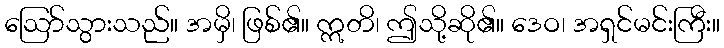
ဩော်သွားသည်။ အမှိ၊ ဖြစ်၏။ ဣတိ၊ ဤသို့ဆို၏။ ဒေဝ၊ အရှင်မင်းကြီး။